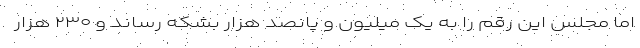
اما مجلس این رقم را به یک میلیون و پانصد هزار بشکه رساند و ۲۳۰ هزار